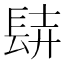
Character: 𨱺